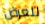
للعرض